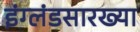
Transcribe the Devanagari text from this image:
इंग्लंडसारख्या